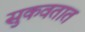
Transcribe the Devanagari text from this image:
सुकवतात